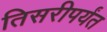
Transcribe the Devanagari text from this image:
तिसरीपर्यंत